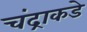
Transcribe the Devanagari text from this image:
चंद्राकडे